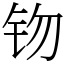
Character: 䥼